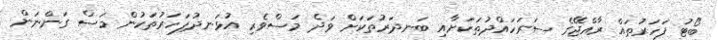
ބޯޓު ފަހަރުތައް ރާއްޖޭގެ ސަރަހައްދުތަކަށާއި ބަނދަރުތަކަށް ވަދެ މަސްވެރި އުޅަނދުފަހަރުތަކުން މަސް ގަންނަން